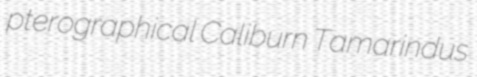
pterographical Caliburn Tamarindus